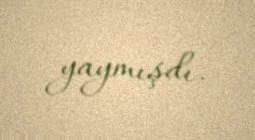
yaymışdı.